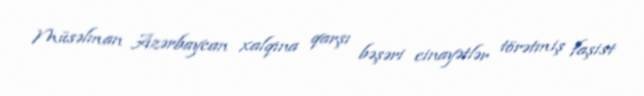
Müsəlman Azərbaycan xalqına qarşı bəşəri cinayətlər törətmiş faşist